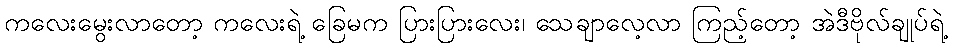
ကလေးမွေးလာတော့ ကလေးရဲ့ ခြေမက ပြားပြားလေး၊ သေချာလေ့လာ ကြည့်တော့ အဲဒီဗိုလ်ချုပ်ရဲ့